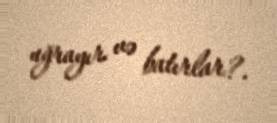
uğrayır və batırlar?.